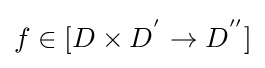
f\in [D\times D^{'}\rightarrow D^{''}]